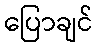
ပြောချင်